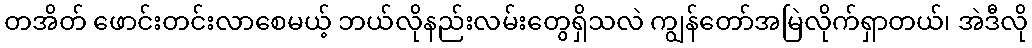
တအိတ် ဖောင်းတင်းလာစေမယ့် ဘယ်လိုနည်းလမ်းတွေရှိသလဲ ကျွန်တော်အမြဲလိုက်ရှာတယ်၊ အဲဒီလို